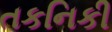
તકનિકી